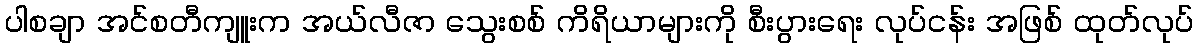
ပါစချာ အင်စတီကျူးက အယ်လီဇာ သွေးစစ် ကိရိယာများကို စီးပွားရေး လုပ်ငန်း အဖြစ် ထုတ်လုပ်